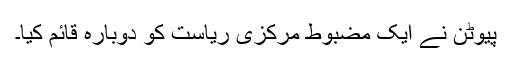
پیوٹن نے ایک مضبوط مرکزی ریاست کو دوبارہ قائم کیا۔